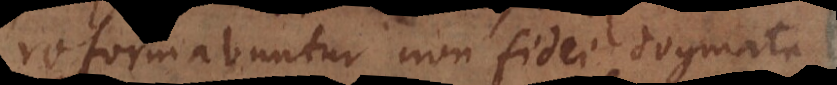
reformabuntur non fidei dogmata